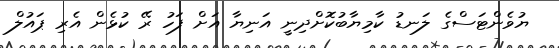
ޔުވެންޓަސްގެ ލަނޑު ކާމިޔާބުކޮށްދިނީ އަނިޔާ އަށް ފަހު ރޭ ކުޅެން އެރި ޕައުލް